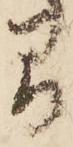
間